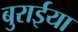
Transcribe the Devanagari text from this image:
बुरार्इया